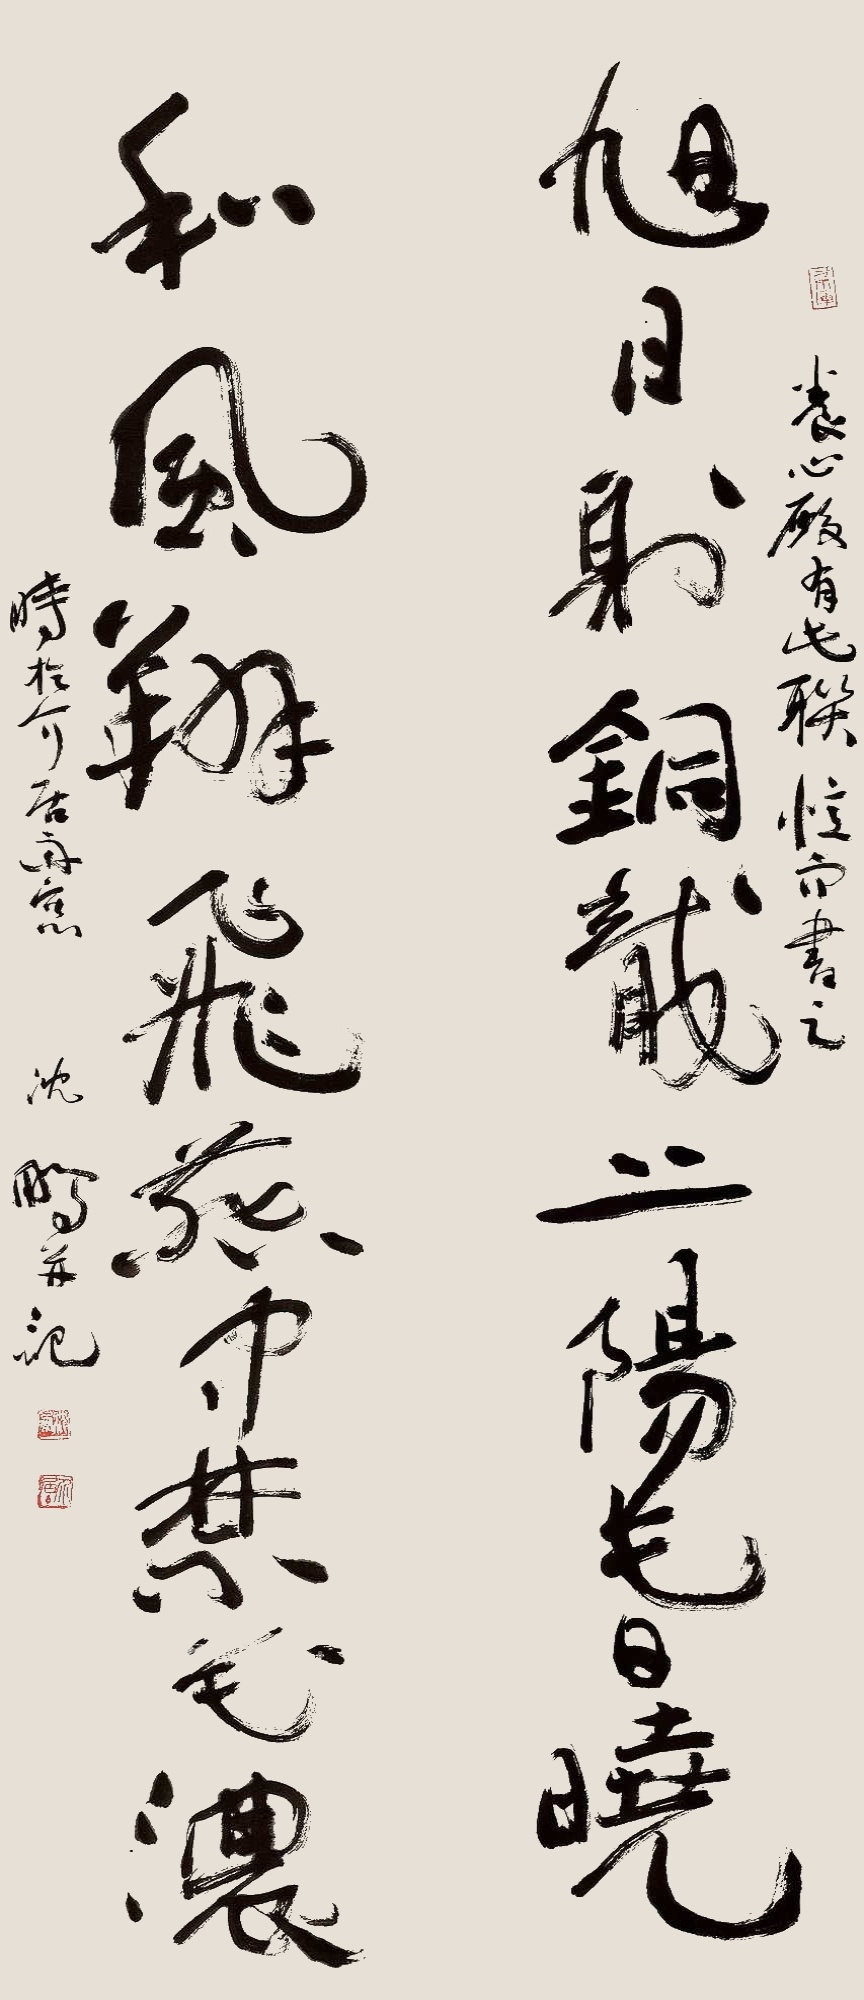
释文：和风翔飞燕中禁花浓，旭日射铜龙上阳春晓。养心殿有此联，忆而书之，时于介居雨窗，沈鹏并记。